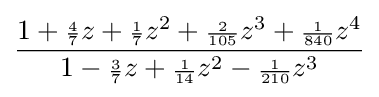
{\frac {1+{\scriptstyle {\frac {4}{7}}}z+{\scriptstyle {\frac {1}{7}}}z^{2}+{\scriptstyle {\frac {2}{105}}}z^{3}+{\scriptstyle {\frac {1}{840}}}z^{4}}{1-{\scriptstyle {\frac {3}{7}}}z+{\scriptstyle {\frac {1}{14}}}z^{2}-{\scriptstyle {\frac {1}{210}}}z^{3}}}